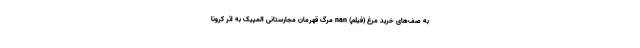
به صف‌های خرید مرغ (فیلم) nan مرگ قهرمان مجارستانی المپیک به اثر کرونا